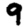
Digit: 9